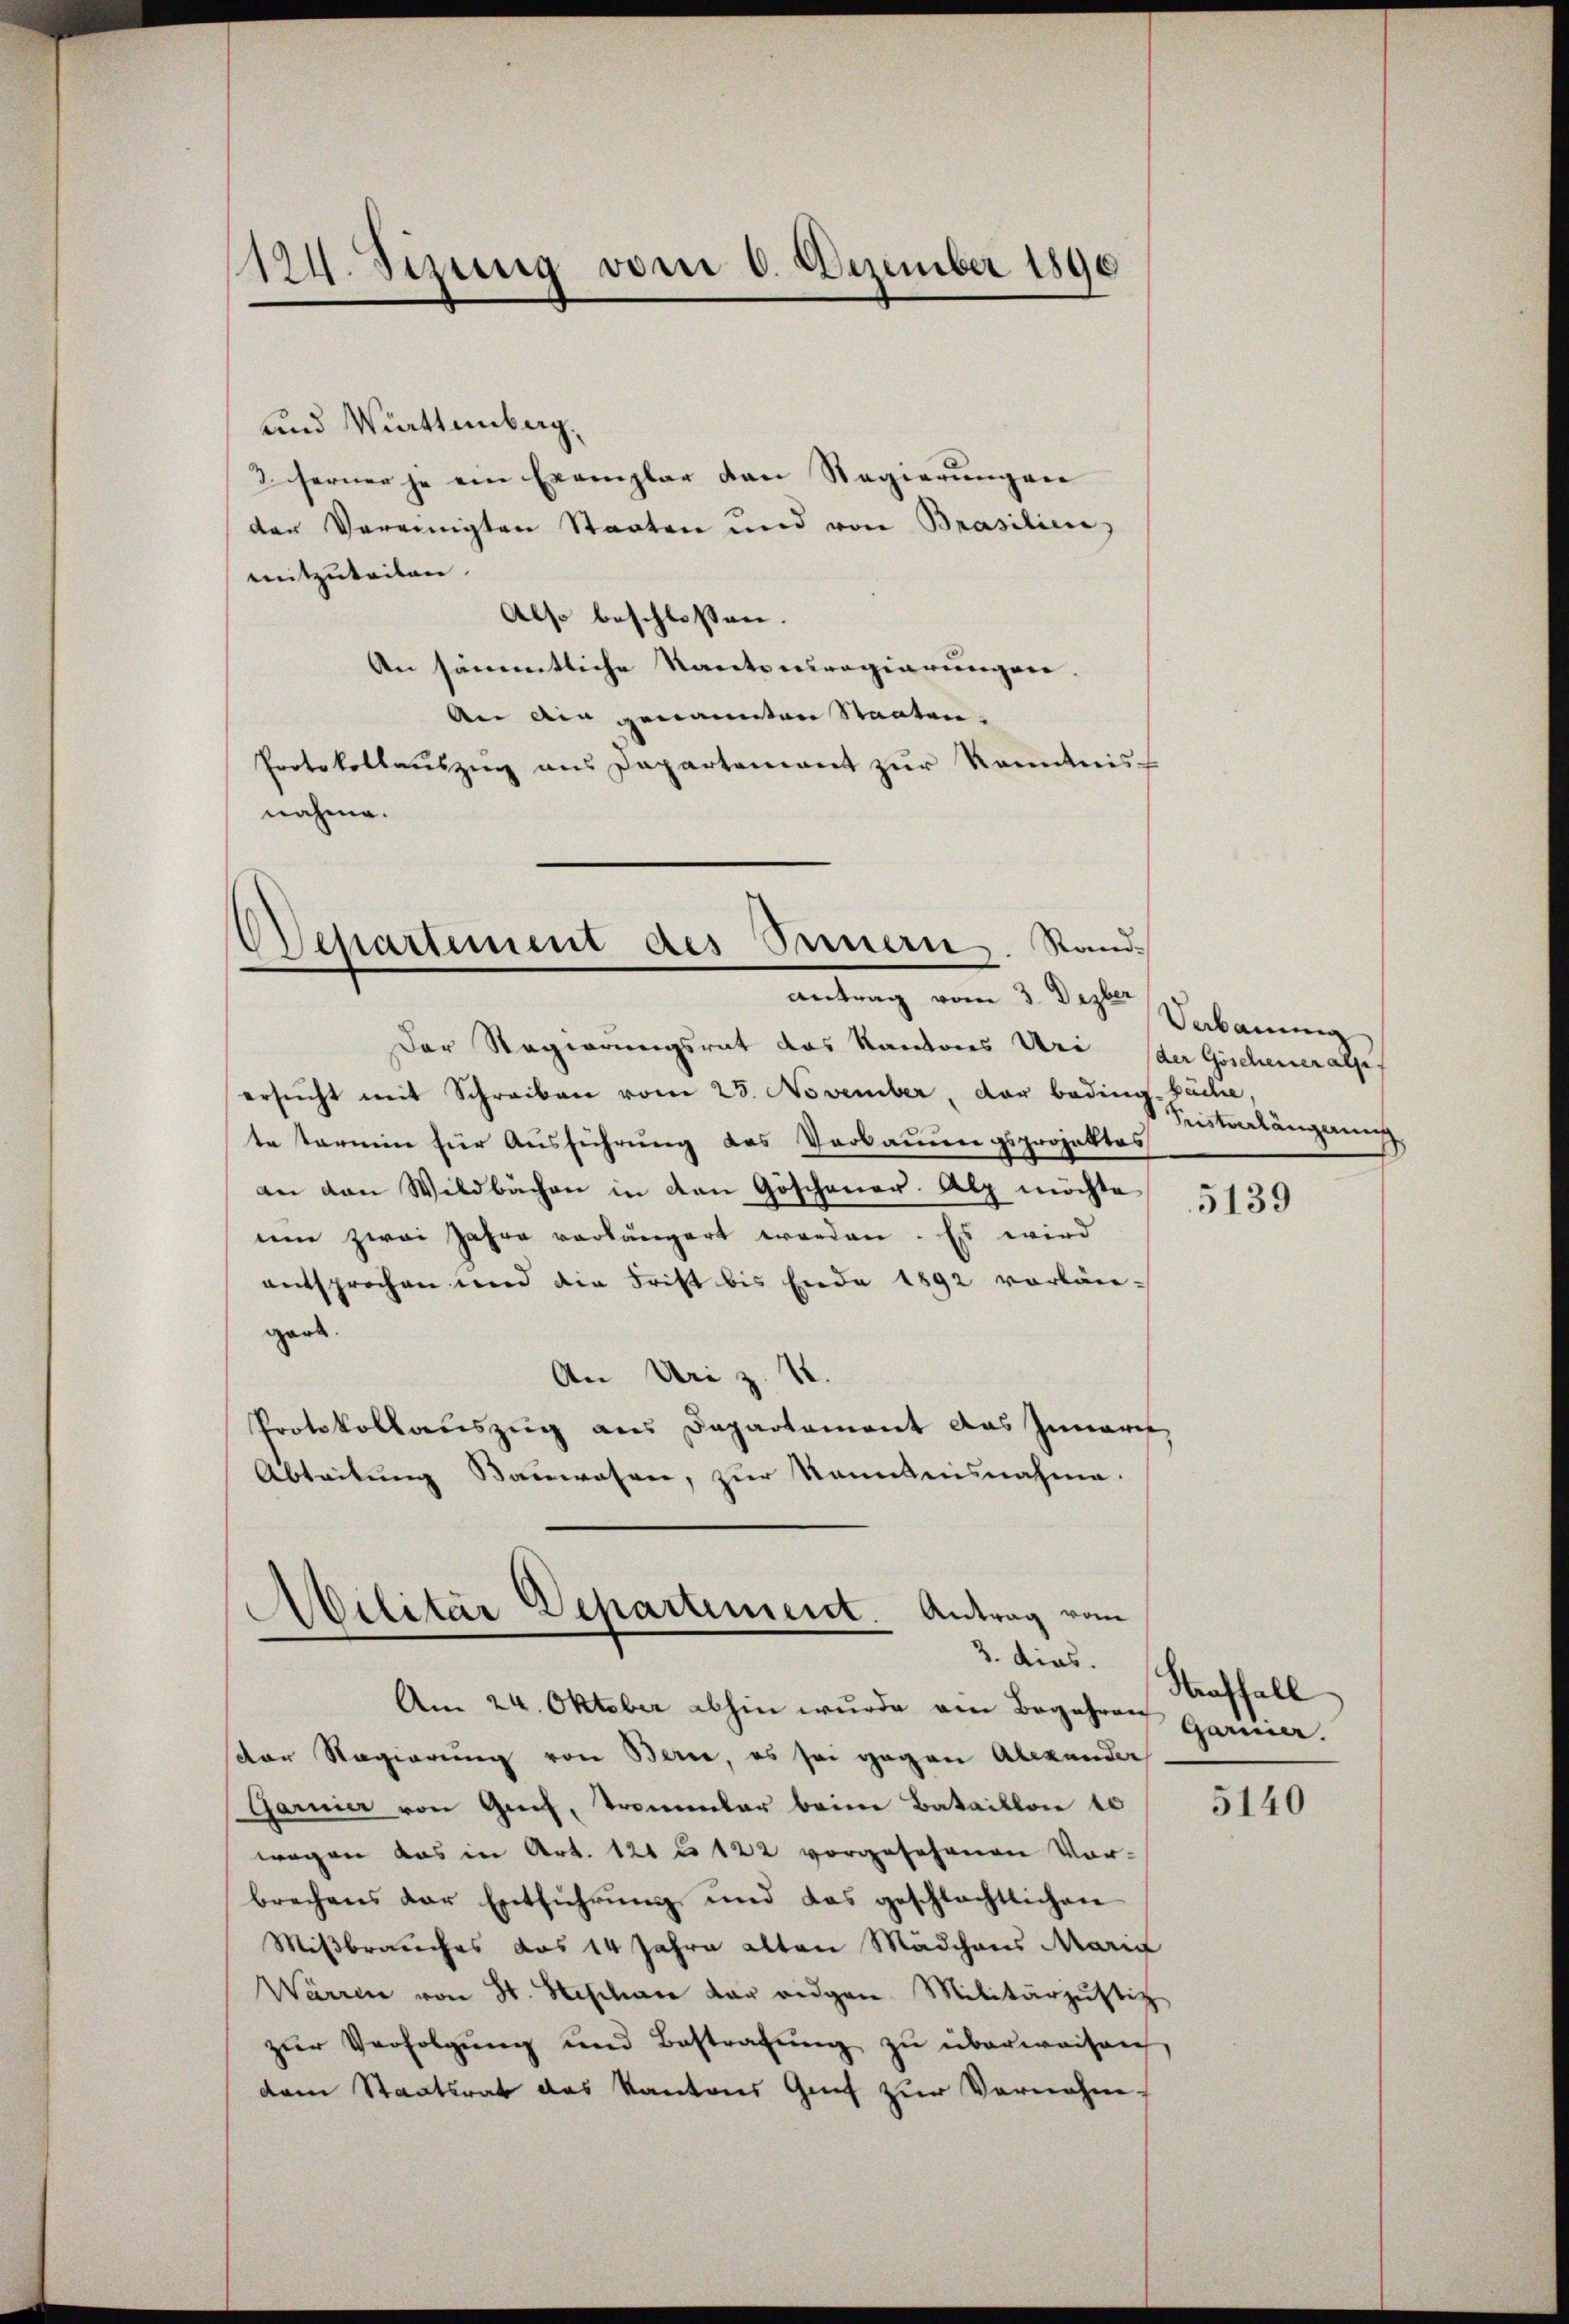
124. Sezung vom 6. Dezember 1890

und Wirttemberg.
3. ferner je ein Exemplar den Regierungen
den Vereinigten Staaten und von Brasilien,
mitzuteilen.
Also beschlossen.
An sämmtliche Kantonsregierungen.
An die genannten Staaten.
Protokollaŭszŭg ans Departement zŭr Kenntnis-
nahme.

Departement des Innern. Sand¬
Antrag vom 3. Dezber

Der Regierungsrat das Kantons Uri (der Göscheneralses
ersŭcht mit Schreiben vom 25. November, der beding-Sache,
te termin für Ausführung des Verbauungsprojektes
an den Wildbachen in den Göschener. Alp möchte
eie zwei Jahre vorlängert worden. Es wird
entsprochen und die Frist bis Ende 1892 vorläugank.
An Uri z. 1
Protokollauszug aus Departement das Zuwart
Abtritung Bauwesen, zur kanntensnahme.

Militär Departement. Antrag vom

Am 24. Oktober abhin wurde am Begehren Garnier.
dor Regierung von Berne, es sei gegen Alexander
Garnier von Gief, Trommler beim Bataillon 10
wegen das in Art. 121 u 122 vorgesehenen Vorbrechens der Entführung und das geschlächtlichen
Mißbrauches das 14 Jahre alten Mädchens Marie
Warren von St. Geschen der eidgen. Militärzustiz
zŭr Verfolgŭng und Bestrafŭng zŭ überweisen,
dem Staatsrat das Kantons Genf zur Vornahm-

Verbauung
Pristverlängerung

5139

3. dies. Straffall

5140